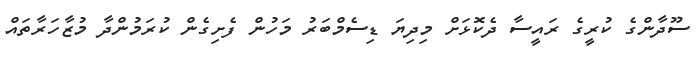
ސޫދާންގެ ކުރީގެ ރައީސާ ދެކޮޅަށް މިދިޔަ ޑިސެމްބަރު މަހުން ފެށިގެން ކުރަމުންދާ މުޒާހަރާތައް